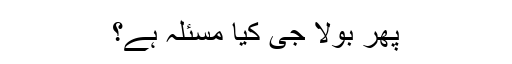
پھر بولا جی کیا مسئلہ ہے؟